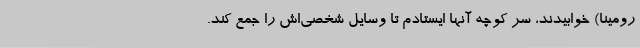
رومینا) خوابیدند، سر کوچه آنها ایستادم تا وسایل شخصی‌اش را جمع کند.